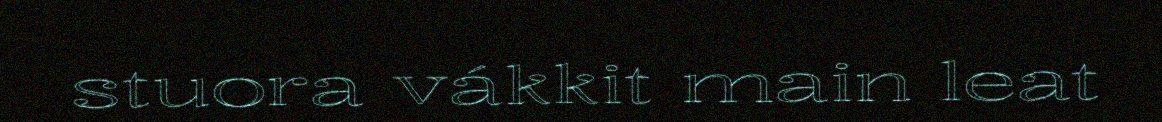
stuora vákkit main leat